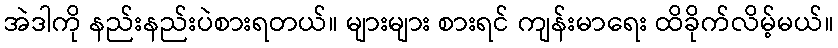
အဲဒါကို နည်းနည်းပဲစားရတယ်။ များများ စားရင် ကျန်းမာရေး ထိခိုက်လိမ့်မယ်။